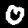
Label: 0